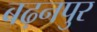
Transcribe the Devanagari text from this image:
बढ़नपुर